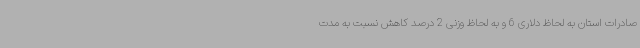
صادرات استان به لحاظ دلاری 6 و به لحاظ وزنی 2 درصد کاهش نسبت به مدت